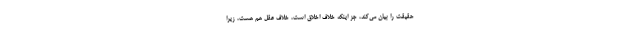
حقیقت را بیان می‌کند، جز اینکه خلاف اخلاق است، خلاف عقل هم هست، زیرا